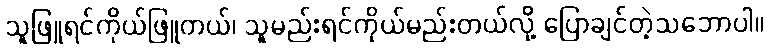
သူဖြူရင်ကိုယ်ဖြူတယ်၊ သူမည်းရင်ကိုယ်မည်းတယ်လို့ ပြောချင်တဲ့သဘောပါ။